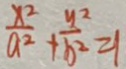
\frac { x ^ { 2 } } { a ^ { 2 } } + \frac { y ^ { 2 } } { b ^ { 2 } } = 1